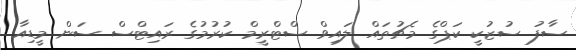
ސާފު ސުޒުކީ ކަޕްގެ މެޗުތައް ލައިވް ސްޓްރީމް ކުރުމުގެ ރައިޓްސް ސަން މީޑިއާ